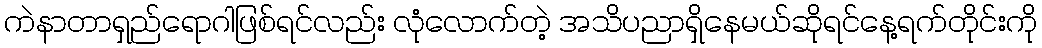
ကဲနာတာရှည်ရောဂါဖြစ်ရင်လည်း လုံလောက်တဲ့ အသိပညာရှိနေမယ်ဆိုရင်နေ့ရက်တိုင်းကို